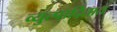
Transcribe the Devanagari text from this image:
व्युत्पादितात